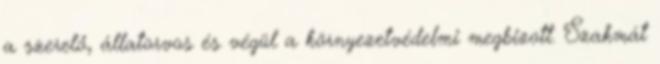
a szerelő, állatorvos és végül a környezetvédelmi megbizott. Szakmát